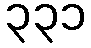
၃၃၁